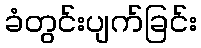
ခံတွင်းပျက်ခြင်း